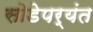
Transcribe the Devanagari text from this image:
सोडेपर्यंत